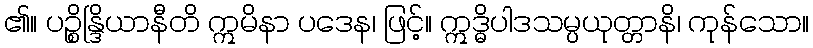
၏။ ပဉ္စိန္ဒြိယာနီတိ ဣမိနာ ပဒေန၊ ဖြင့်။ ဣဒ္ဓိပါဒသမ္ပယုတ္တာနိ၊ ကုန်သော။